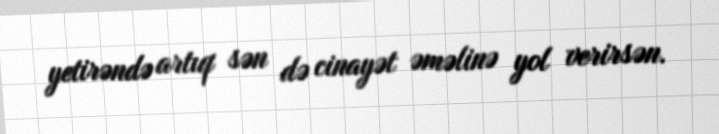
yetirəndə artıq sən də cinayət əməlinə yol verirsən.